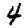
Digit: 4